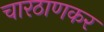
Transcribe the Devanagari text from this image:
चारठाणकर